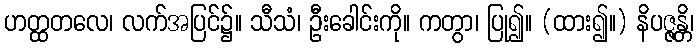
ဟတ္ထတလေ၊ လက်အပြင်၌။ သီသံ၊ ဦးခေါင်းကို။ ကတွာ၊ ပြု၍။ (ထား၍။) နိပဇ္ဇန္တိ၊